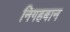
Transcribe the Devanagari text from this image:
निगहबान